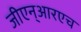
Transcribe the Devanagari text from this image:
जीएन्‌आरएच